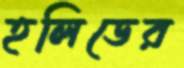
হলিডের